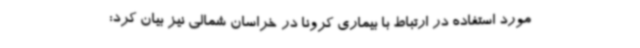
مورد استفاده در ارتباط با بیماری کرونا در خراسان شمالی نیز بیان کرد: